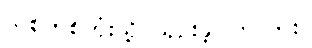
သစ်တစ်တုံးသို့ သုဉ်းခဲ့ပါကလား။